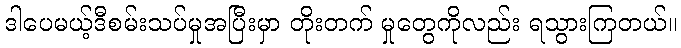
ဒါပေမယ့်ဒီစမ်းသပ်မှုအပြီးမှာ တိုးတက် မှုတွေကိုလည်း ရသွားကြတယ်။